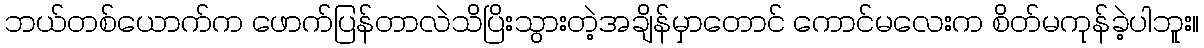
ဘယ်တစ်ယောက်က ဖောက်ပြန်တာလဲသိပြိးသွားတဲ့အချိန်မှာတောင် ကောင်မလေးက စိတ်မကုန်ခဲ့ပါဘူး။